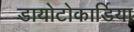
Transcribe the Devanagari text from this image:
डायोटोकार्डिया